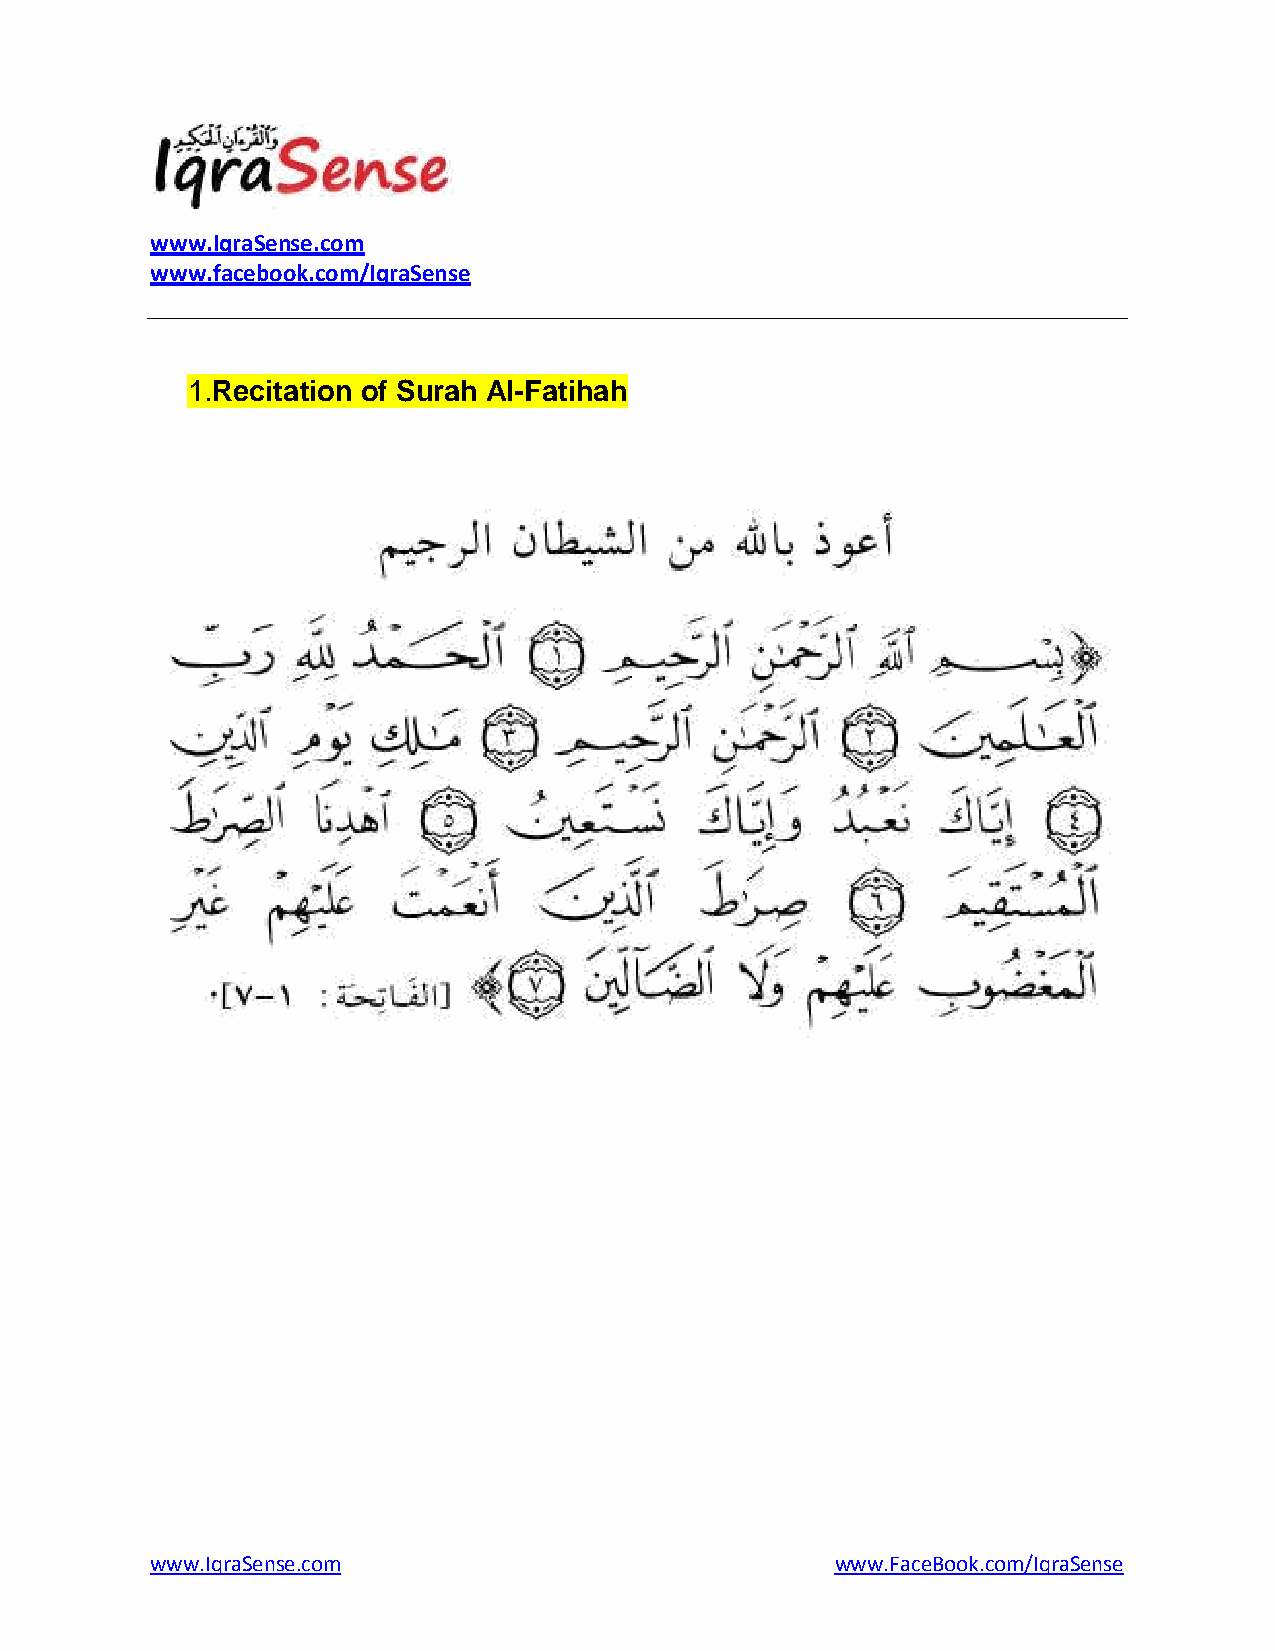
www.IqraSense.com
 www.facebook.com/IqraSense
 1. Recitation of Surah Al-Fatihah
 www.IqraSense.com                            www.FaceBook.com/IqraSense